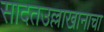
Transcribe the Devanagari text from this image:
सादतउल्लाखानाचा